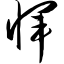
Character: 恽